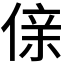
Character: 𠋆